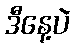
ဒီနေ့ပဲ